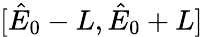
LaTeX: [\hat{E}_{0}-L,\hat{E}_{0}+L]